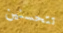
تتحسنين